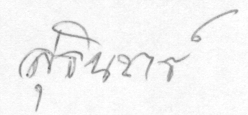
สุรินทร์